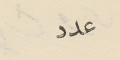
عدد